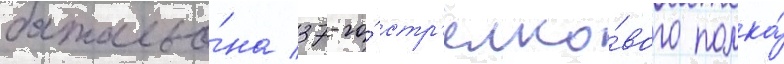
батальо́на 37-го́ стр'елко́вого полка́